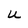
Character: U